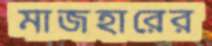
মাজহারের